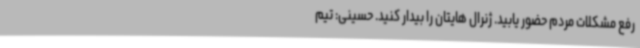
رفع مشکلات مردم حضور یابید. ژنرال هایتان را بیدار کنید. حسینی: تیم